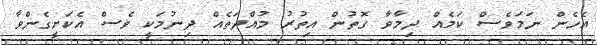
އެހެން ނަމަވެސް ކަމެއް ދިމާވާ ގޮތުން އިތުރު މުއްދަތެއް ދިނުމަކީ ވެސް އެކަށީގެންވާ